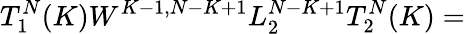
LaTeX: T_{1}^{N}(K)W^{K-1,N-K+1}L_{2}^{N-K+1}T_{2}^{N}(K)=